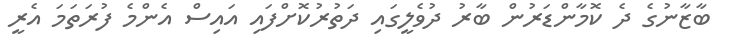
ބާޒާނުގެ ދެ ކޮމާންޑަރުން ބާރު ދުވެލީގައި ދަތުރުކޮށްފައި އައިސް އެންމެ ފުރަތަމަ އެރީ